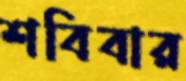
শবিবার